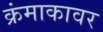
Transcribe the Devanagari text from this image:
क्रंमाकावर